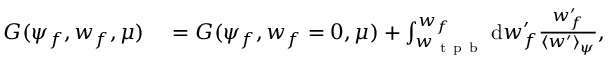
\begin{array} { r l } { G ( \psi _ { f } , w _ { f } , \mu ) } & { { } = G ( \psi _ { f } , w _ { f } = 0 , \mu ) + \int _ { w _ { \mathrm { ~ t ~ p ~ b ~ } } } ^ { w _ { f } } \mathrm { d } w _ { f } ^ { \prime } \frac { w _ { f } ^ { \prime } } { \langle w ^ { \prime } \rangle _ { \psi } } , } \end{array}